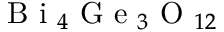
\mathrm { ~ B ~ i ~ } _ { 4 } \mathrm { ~ G ~ e ~ } _ { 3 } \mathrm { ~ O ~ } _ { 1 2 }